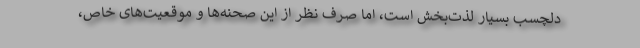
دلچسب بسیار لذت‌بخش است، اما صرف نظر از این صحنه‌ها و موقعیت‌های خاص،